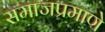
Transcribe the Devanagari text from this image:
समाजप्रमाणे